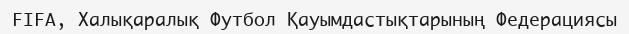
FIFA, Халықаралық Футбол Қауымдастықтарының Федерациясы